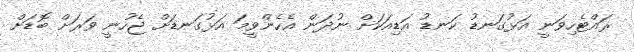
ރައްޓެހިވަނީ އަޅުގަނޑު ކަނޑު އަޑިއަކަށް ނުދަން އެހެންވީމަ އަޅުގަނޑަށް ޖެހުނީ ވަރަށް ބޮޑަށް